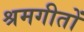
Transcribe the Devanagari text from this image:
श्रमगीतों